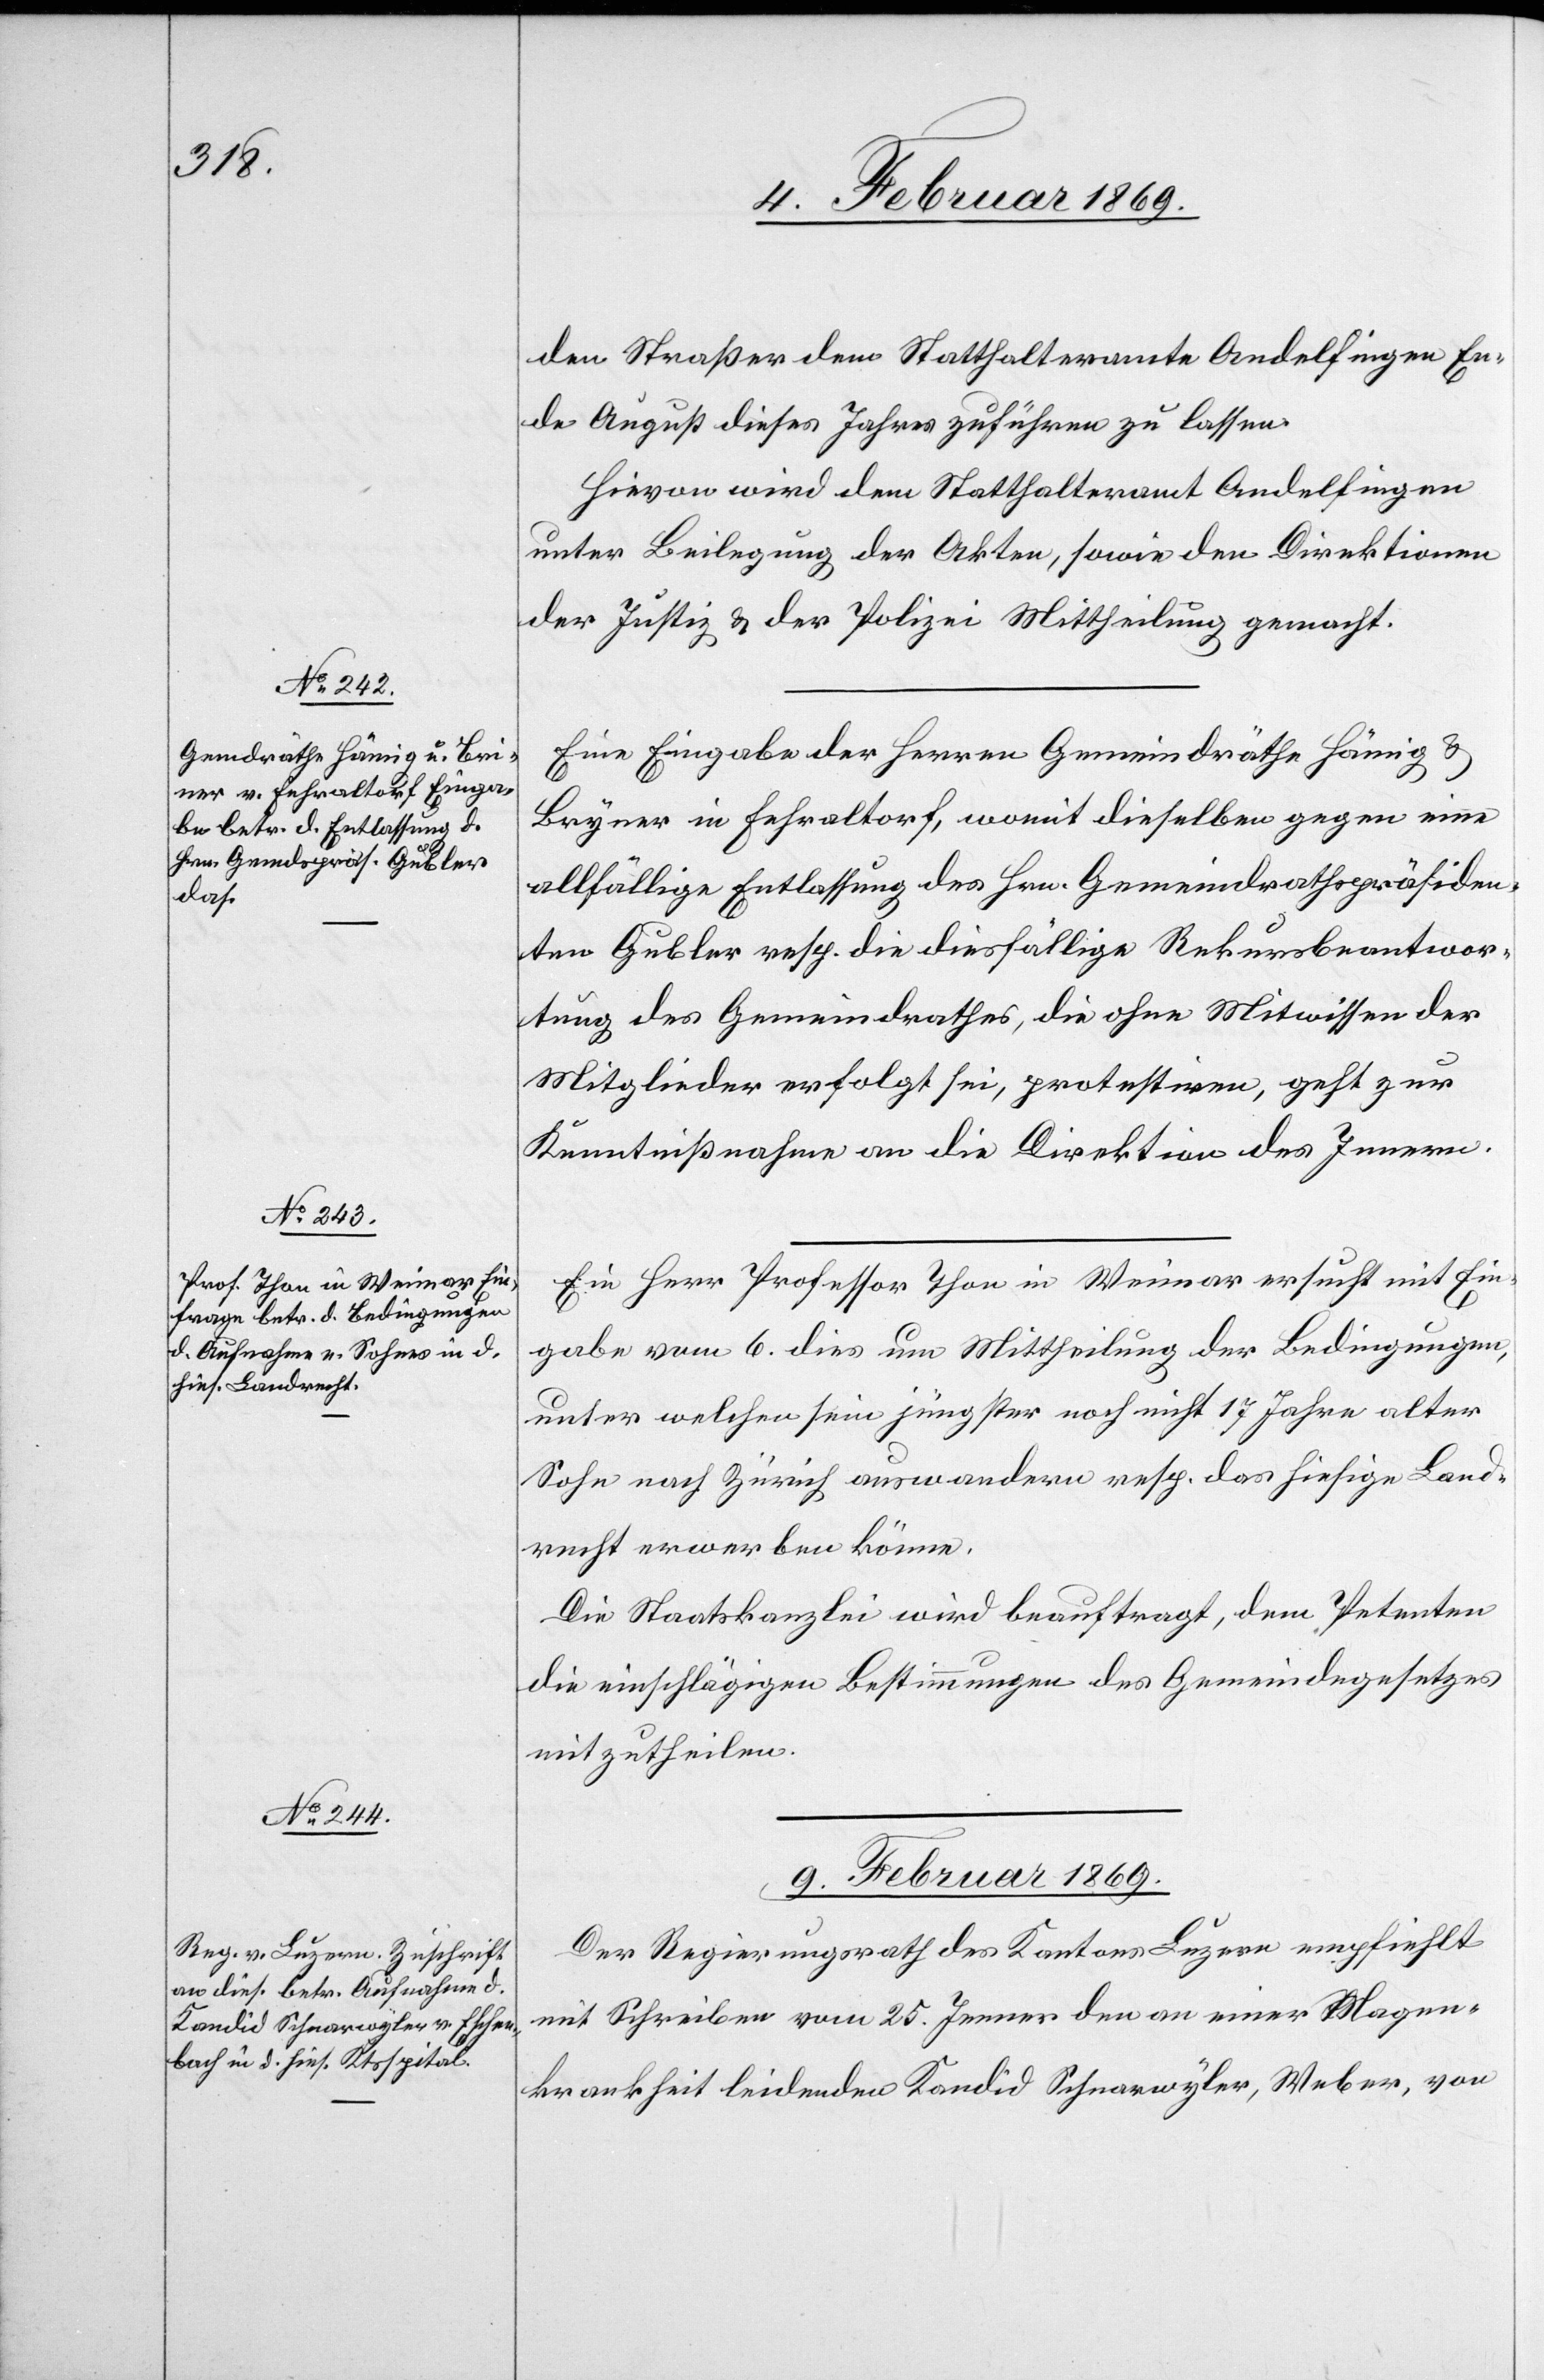
8. Februar 1869.]
den Straßer dem Statthalteramte Andelfingen En¬
de August dieses Jahres zuführen zu lassen.
Hievon wird dem Statthalteramte Andelfingen
unter Beilegung der Akten, sowie den Direktionen
der Justiz u. der Polizei Mittheilung gemacht.
Eine Eingabe der Herren Gemeindräthe Hämig u.
[sic!] in Fehraltorf, womit dieselben gegen eine
allfällige Entlassung des Hrn. Gemeindrathspräsiden¬
ten Gubler resp. die diesfällige Rekursbeantwor¬
tung des Gemeindrathes, die ohne Mitwissen der
Mitglieder erfolgt sei, protestirten, geht zur
Kenntnißnahme an die Direktion des Innern.
Ein Herr Professor Thon in Weimar ersucht mit Ein¬
gabe vom 6. dies um Mittheilung der Bedingungen,
unter welchen sein jüngster noch nicht 17 Jahre alter
Sohn nach Zürich auswandern resp. das hiesige Land¬
recht erwerben könne.
Die Staatskanzlei wird beauftragt, dem Petenten
die einschlägigen Bestimmungen des Gemeindegesetzes
mitzutheilen.
9. Februar 1869.
Der Regierungsrath des Kantons Luzern empfiehlt
mit Schreiben vom 25. Jenner den an einer Magen¬
krankheit leidenden Kandid Schnarwyler, Weber, von